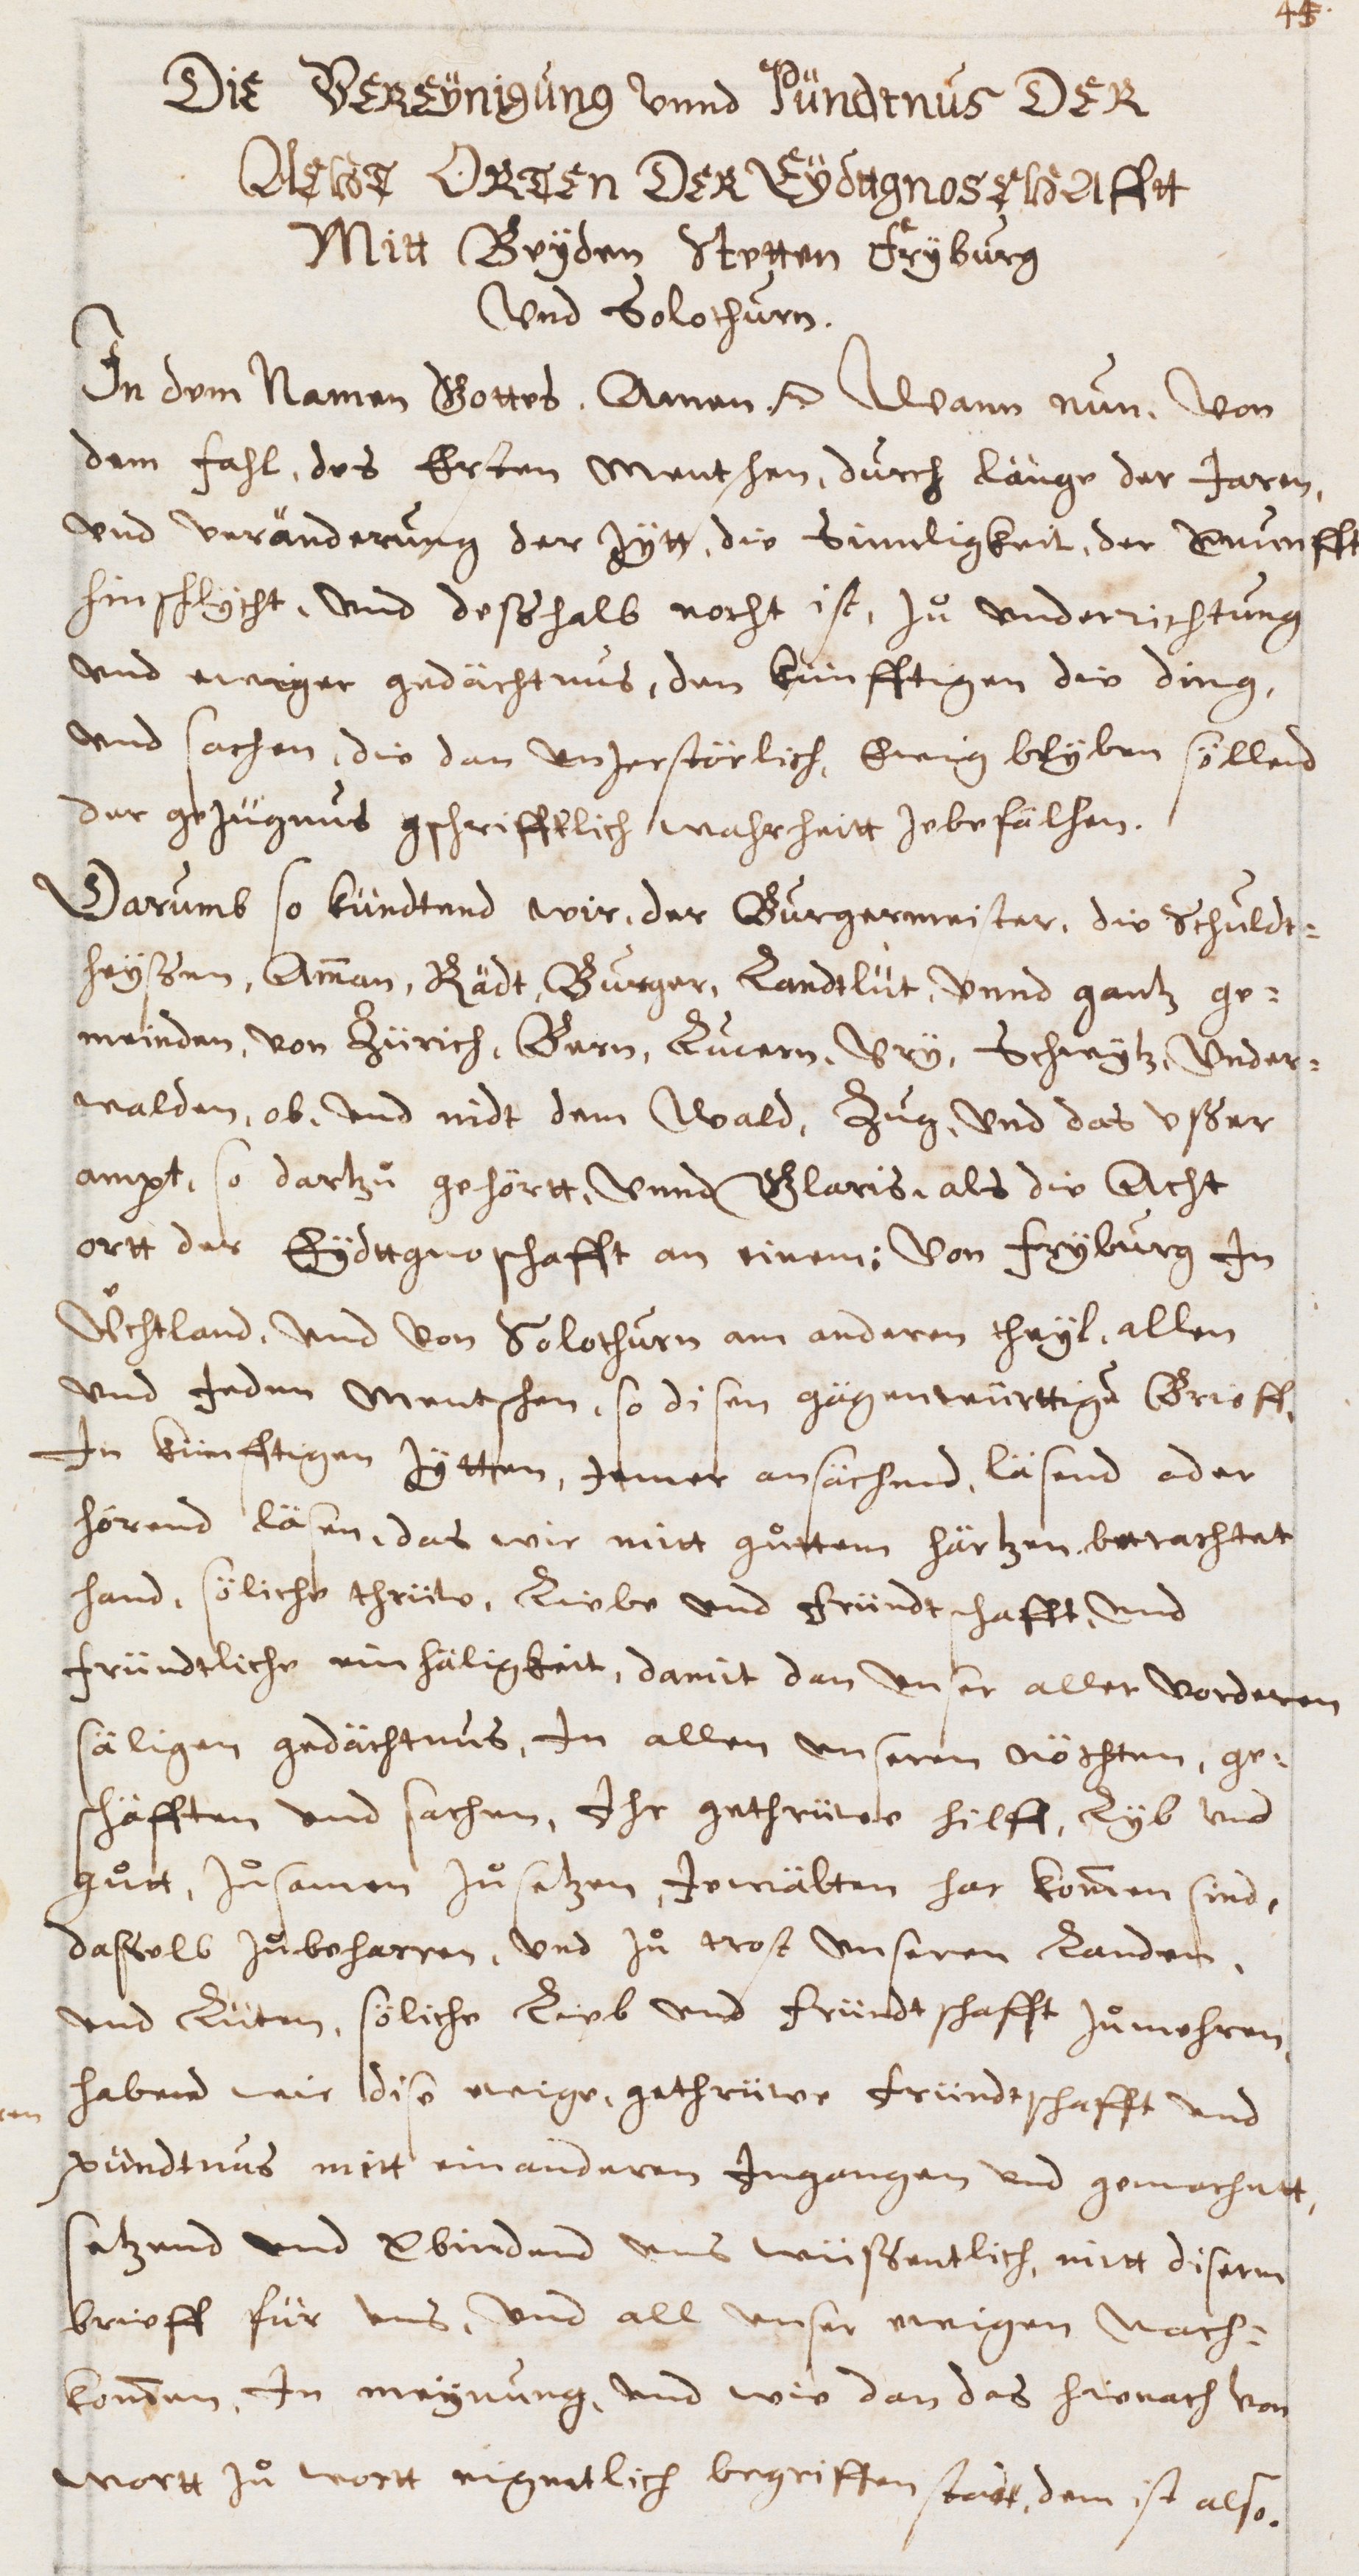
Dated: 1600–1699